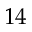
1 4